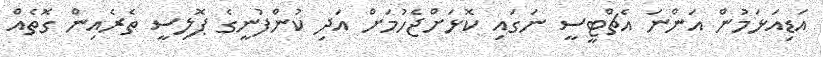
އަޑިއަޅަމުން އަންނަ އެޗްޓީސީ ނަގައި ކޮޅަށްޖެހުމަށް އަދި ކުންފުނީގެ ޕޮލިސީ ތެރެއިން ގޮތެއް